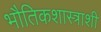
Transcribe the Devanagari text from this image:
भौतिकशास्त्राशी